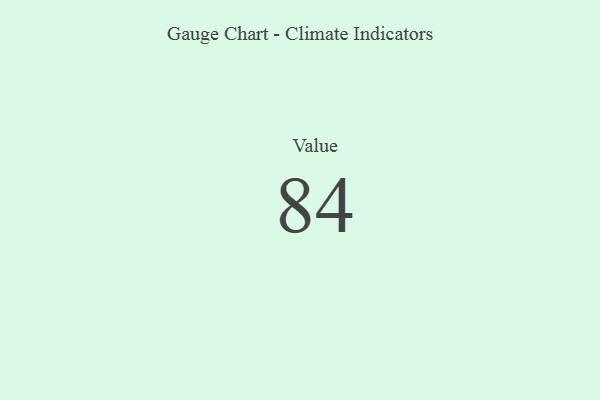
{"axis": {"x": "Metric", "y": "Value"}, "legend": [""], "data": [{"x": "Value", "y": 84, "type": ""}]}